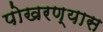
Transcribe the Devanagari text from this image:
पोखरण्यास